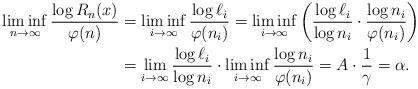
LaTeX: \begin{align*}\liminf_{n \to \infty} \frac{\log R_{n}(x)}{\varphi(n)} &=\liminf_{i \to \infty} \frac{\log \ell_i}{\varphi(n_i)}= \liminf_{i \to \infty} \left( \frac{\log \ell_i}{\log n_i} \cdot \frac{\log n_i}{\varphi(n_i)} \right) \\&= \lim_{i \to \infty} \frac{\log \ell_i}{\log n_i} \cdot \liminf_{i \to \infty} \frac{\log n_i}{\varphi(n_i)}= A \cdot \frac 1\gamma = \alpha.\end{align*}